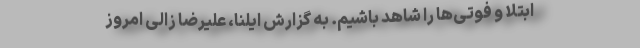
ابتلا و فوتی‌ها را شاهد باشیم. به گزارش ایلنا، ‌علیرضا زالی امروز